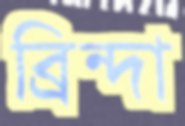
ব্রিন্দা